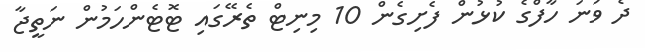
ދެ ވަނަ ހާފްގެ ކުޅުން ފެށިގެން 10 މިނިޓް ތެރޭގައި ޓޮޓެންހަމުން ނަތީޖާ